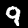
Digit: 9